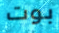
بوت